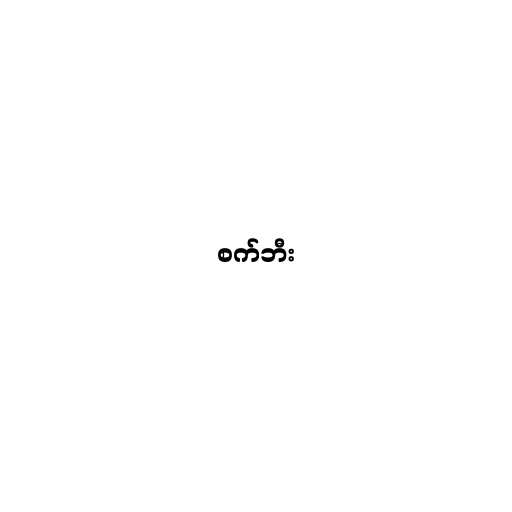
စက်ဘီး